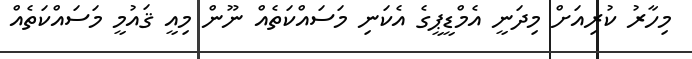
މިހާރު ކުރިއަށް މިދަނީ އެމްޑީޕީގެ އެކަނި މަސައްކަތެއް ނޫން މިއީ ޤައުމީ މަސައްކަތެއް